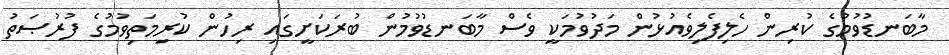
މާބަނޑުވުމުގެ ކުރިން ހެލިފެލިވެއުޅުން މަދުވުމަކީ ވެސް މާބަނޑުވުމުން ބުރަކަށީގައި ރިހުން ކުރިމަތިވުމުގެ ފުރުޞަތު